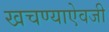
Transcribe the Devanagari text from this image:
खचण्याऐवजी